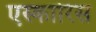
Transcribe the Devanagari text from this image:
एस्कारिस